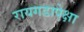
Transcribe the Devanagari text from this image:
रायगडापेक्षा